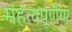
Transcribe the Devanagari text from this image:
महत्वपूर्णण